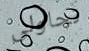
تحاولى